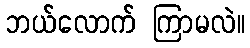
ဘယ်လောက် ကြာမလဲ။